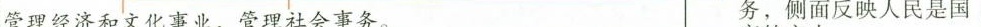
管理经济和文化事业，管理社会事务。务，侧面反映人民是国